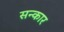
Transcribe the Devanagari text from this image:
सन्कार